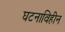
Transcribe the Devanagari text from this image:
घटनाविहीन